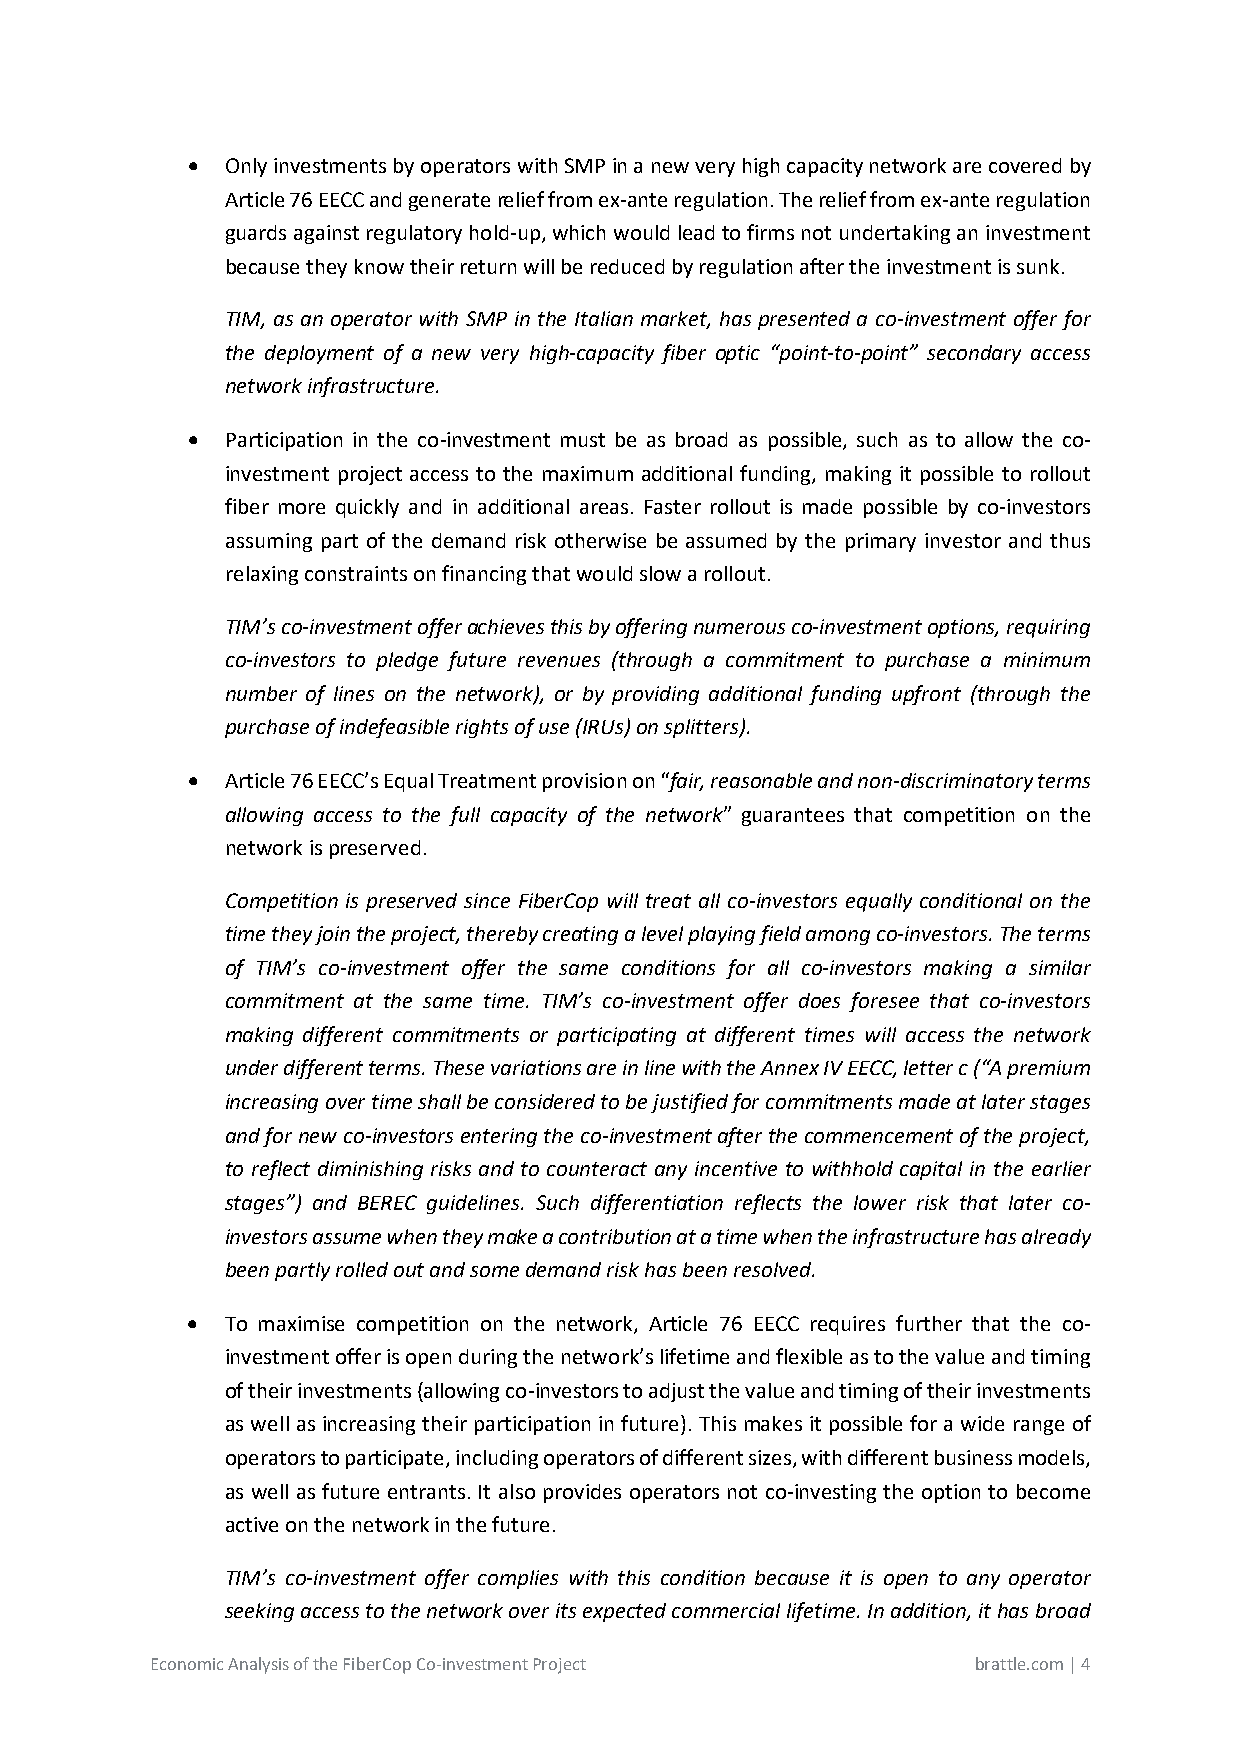
•  Only investments by operators with SMP in a new very high capacity network are covered by
 Article 76 EECC and generate relief from ex-ante regulation. The relief from ex-ante regulation
 guards against regulatory hold-up, which would lead to firms not undertaking an investment
 because they know their return will be reduced by regulation after the investment is sunk.
 TIM, as an operator with SMP in the Italian market, has presented a co-investment offer for
 the deployment of a new very high-capacity fiber optic “point-to-point” secondary access
 network infrastructure.
 •  Participation in the co-investment must be as broad as possible, such as to allow the co-
 investment project access to the maximum additional funding, making it possible to rollout
 fiber more quickly and in additional areas. Faster rollout is made possible by co-investors
 assuming part of the demand risk otherwise be assumed by the primary investor and thus
 relaxing constraints on financing that would slow a rollout.
 TIM’s co-investment offer achieves this by offering numerous co-investment options, requiring
 co-investors to pledge future revenues (through a commitment to purchase a minimum
 number of lines on the network), or by providing additional funding upfront (through the
 purchase of indefeasible rights of use (IRUs) on splitters).
 •  Article 76 EECC’s Equal Treatment provision on “fair, reasonable and non-discriminatory terms
 allowing access to the full capacity of the network” guarantees that competition on the
 network is preserved.
 Competition is preserved since FiberCop will treat all co-investors equally conditional on the
 time they join the project, thereby creating a level playing field among co-investors. The terms
 of TIM’s co-investment offer the same conditions for all co-investors making a similar
 commitment at the same time. TIM’s co-investment offer does foresee that co-investors
 making different commitments or participating at different times will access the network
 under different terms. These variations are in line with the Annex IV EECC, letter c (“A premium
 increasing over time shall be considered to be justified for commitments made at later stages
 and for new co-investors entering the co-investment after the commencement of the project,
 to reflect diminishing risks and to counteract any incentive to withhold capital in the earlier
 stages”) and BEREC guidelines. Such differentiation reflects the lower risk that later co-
 investors assume when they make a contribution at a time when the infrastructure has already
 been partly rolled out and some demand risk has been resolved.
 •  To maximise competition on the network, Article 76 EECC requires further that the co-
 investment offer is open during the network’s lifetime and flexible as to the value and timing
 of their investments (allowing co-investors to adjust the value and timing of their investments
 as well as increasing their participation in future). This makes it possible for a wide range of
 operators to participate, including operators of different sizes, with different business models,
 as well as future entrants. It also provides operators not co-investing the option to become
 active on the network in the future.
 TIM’s co-investment offer complies with this condition because it is open to any operator
 seeking access to the network over its expected commercial lifetime. In addition, it has broad
 Economic Analysis of the FiberCop Co-investment Project brattle.com | 4